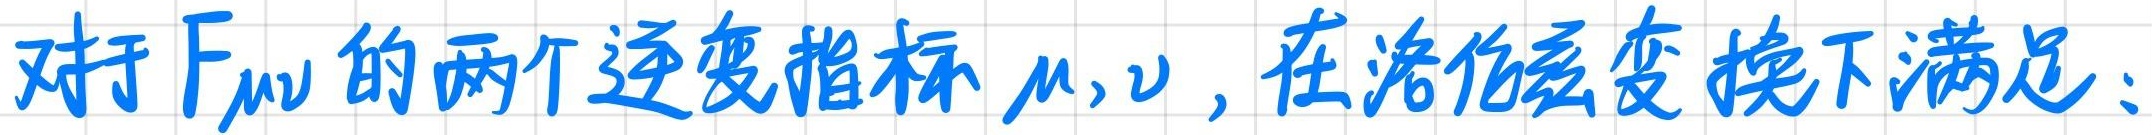
对于 $F_{\mu\nu}$ 的两个逆变指标 $\mu,\nu$，在洛伦兹变换下满足：